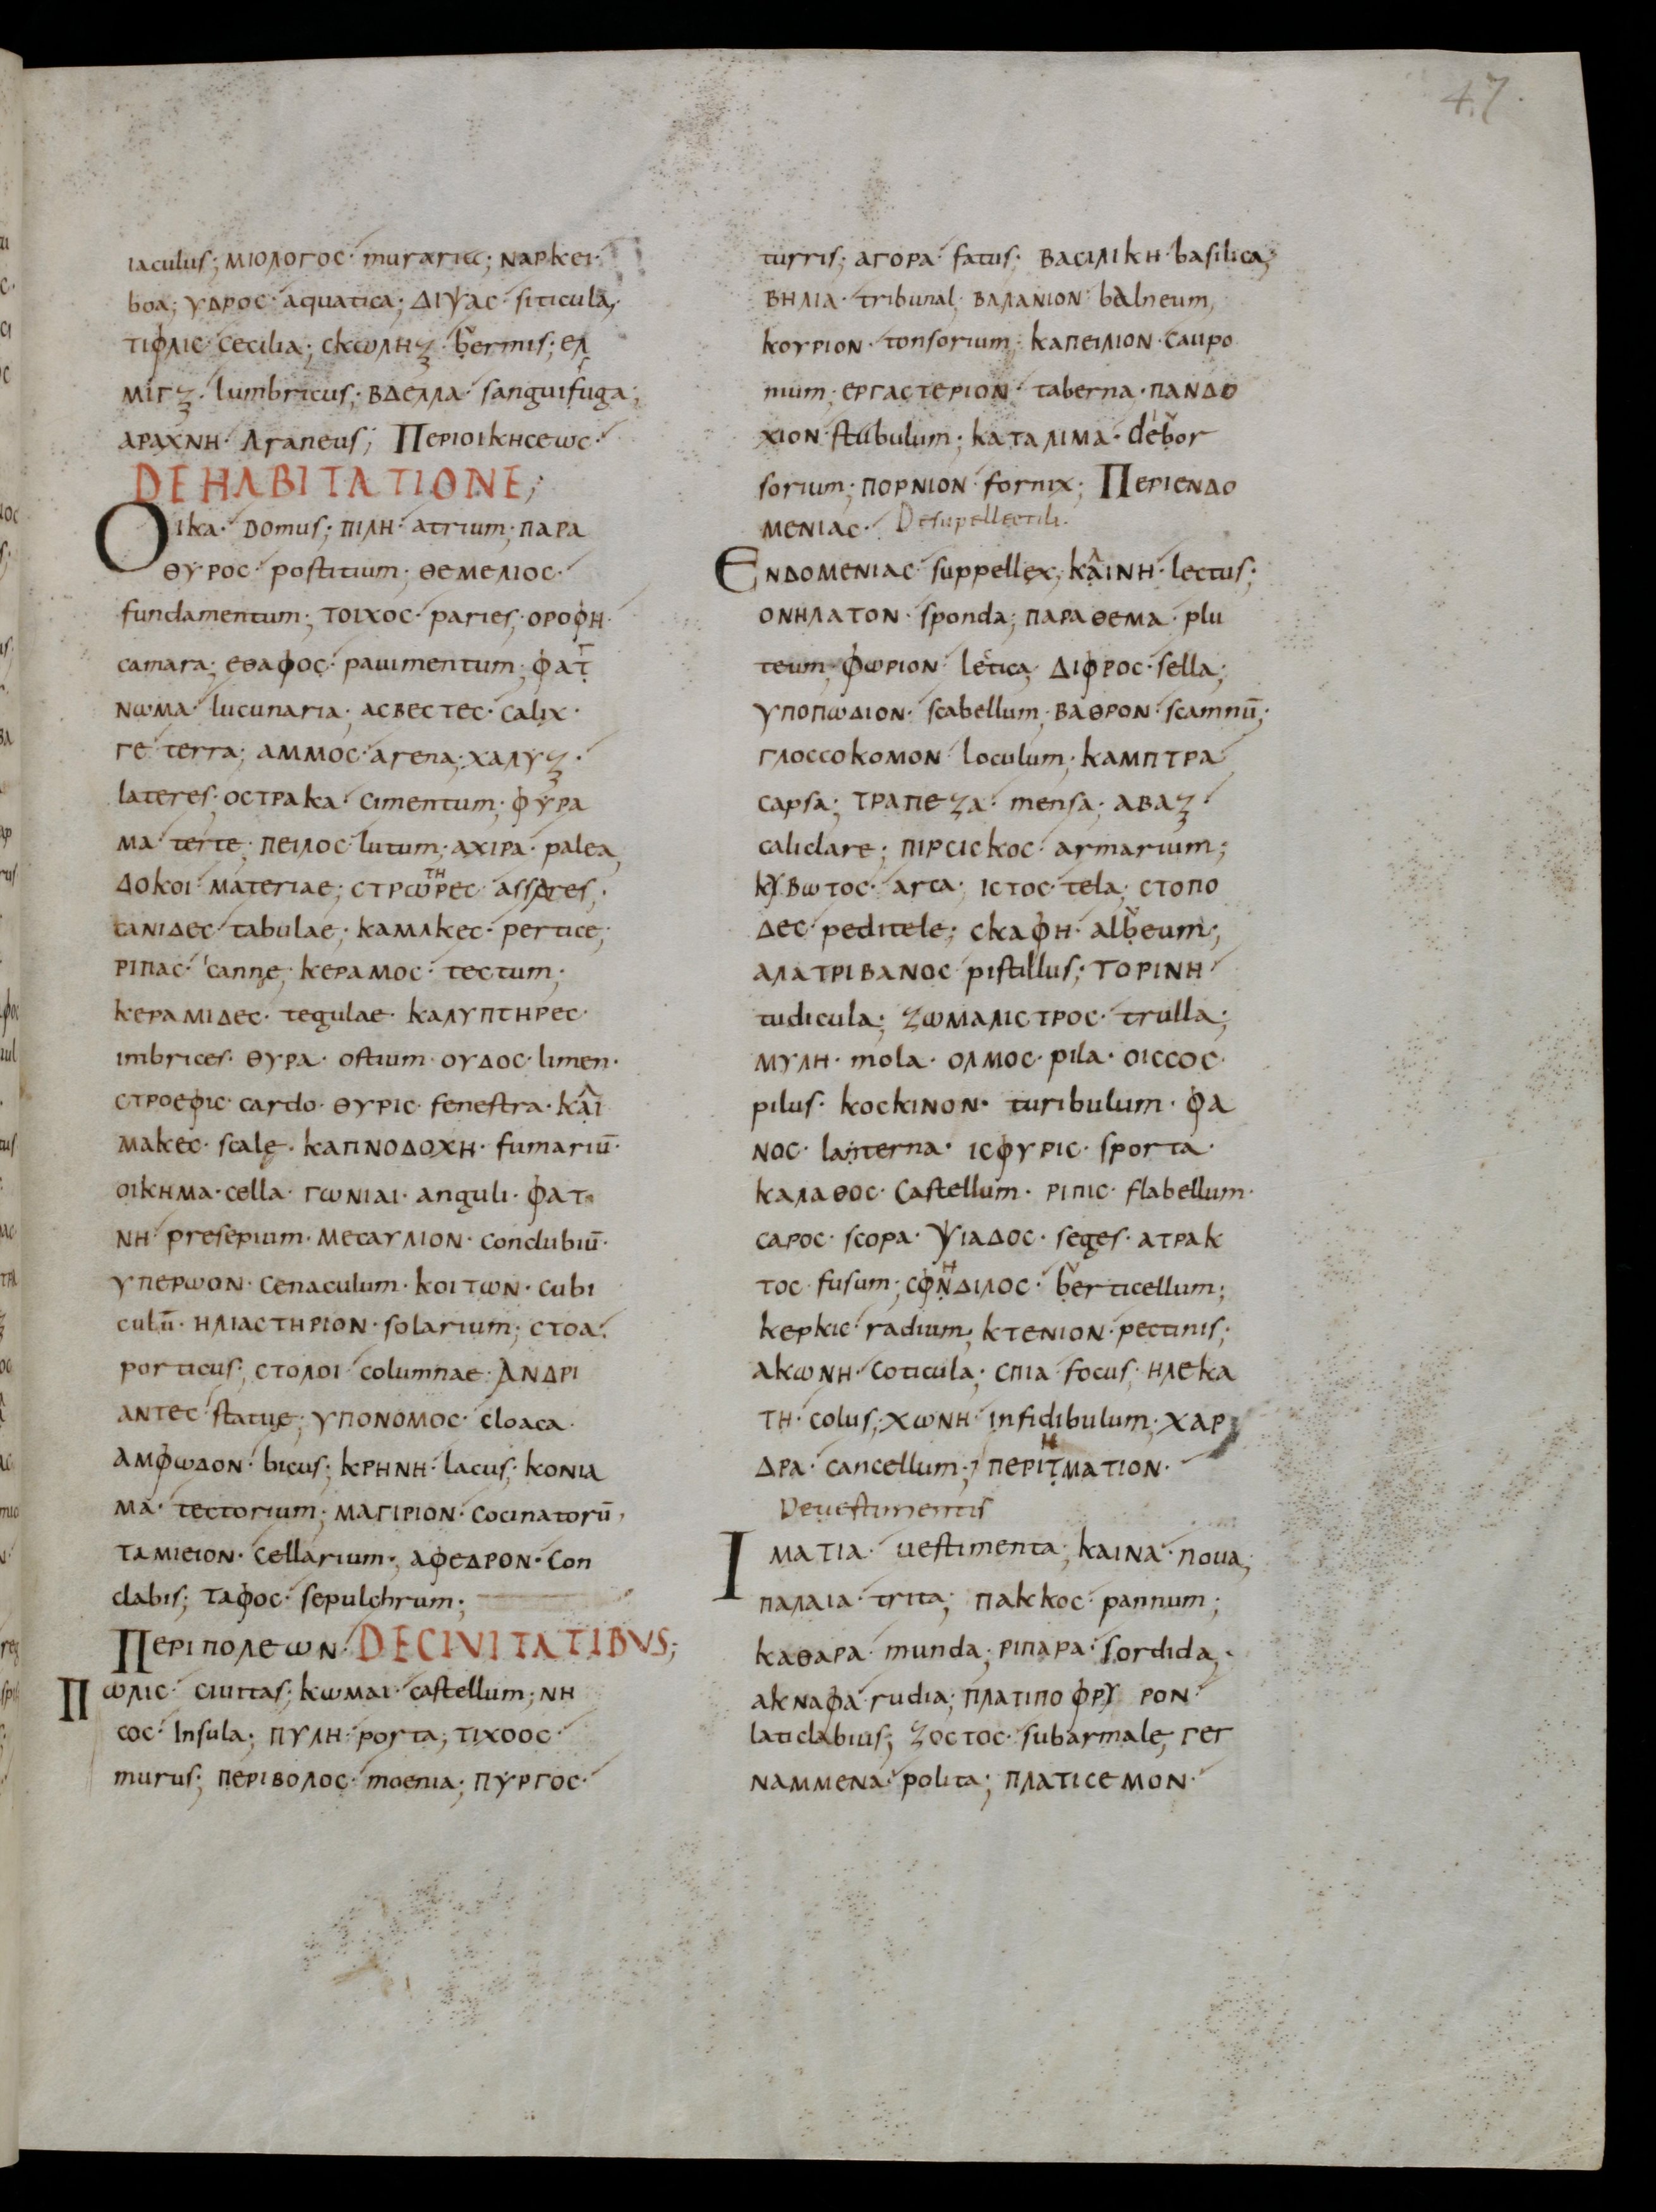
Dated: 800–899